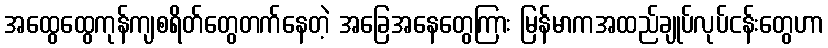
အထွေထွေကုန်ကျစရိတ်တွေတက်နေတဲ့ အခြေအနေတွေကြား မြန်မာကအထည်ချုပ်လုပ်ငန်းတွေဟာ